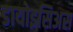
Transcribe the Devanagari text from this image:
डायोइसिअस